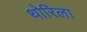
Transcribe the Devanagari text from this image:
थोरिला